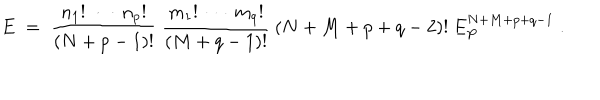
E \; = \; \frac { n _ { 1 } ! \: \cdots \: n _ { p } ! } { ( N + p - 1 ) ! } \: \frac { m _ { 1 } ! \: \cdots \: m _ { q } ! } { ( M + q - 1 ) ! } \: ( N + M + p + q - 2 ) ! \: E _ { P } ^ { N + M + p + q - 1 } \; .